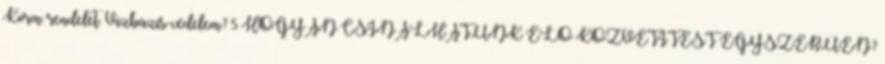
Korm. rendelet. Vízbázis-védelem? 5 HOGYAN CSINÁLHATUNK ÉLŐ KÖZVETÍTÉST EGYSZERŰEN?